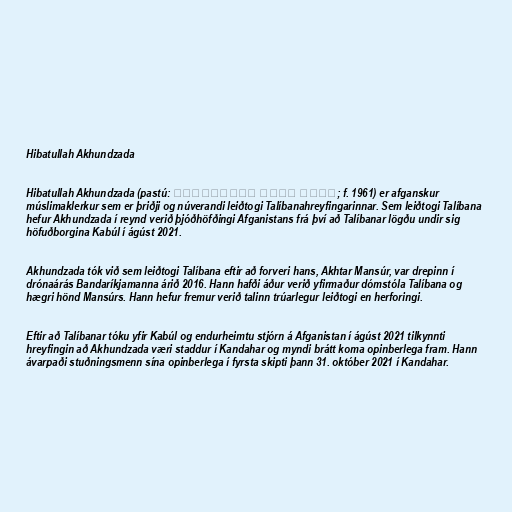
Hibatullah Akhundzada

Hibatullah Akhundzada (pastú: ھیبت الله اخوندزاده‎; f. 1961) er afganskur
múslimaklerkur sem er þriðji og núverandi leiðtogi Talíbanahreyfingarinnar. Sem leiðtogi Talíbana
hefur Akhundzada í reynd verið þjóðhöfðingi Afganistans frá því að Talíbanar lögðu undir sig
höfuðborgina Kabúl í ágúst 2021.

Akhundzada tók við sem leiðtogi Talíbana eftir að forveri hans, Akhtar Mansúr, var drepinn í
drónaárás Bandaríkjamanna árið 2016. Hann hafði áður verið yfirmaður dómstóla Talíbana og
hægri hönd Mansúrs. Hann hefur fremur verið talinn trúarlegur leiðtogi en herforingi.

Eftir að Talíbanar tóku yfir Kabúl og endurheimtu stjórn á Afganistan í ágúst 2021 tilkynnti
hreyfingin að Akhundzada væri staddur í Kandahar og myndi brátt koma opinberlega fram. Hann
ávarpaði stuðningsmenn sína opinberlega í fyrsta skipti þann 31. október 2021 í Kandahar.